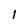
Character: 1